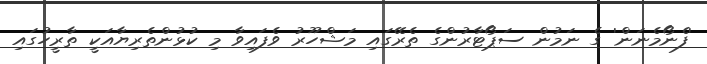
'ފެނޯމެނަން' ގެ ނަމުން ސަޕޯޓާރުންގެ ތެރޭގައި މަޝްހޫރު ވެފައިވާ މި ކުޅުންތެރިޔާއަކީ ތާރީހުގައި